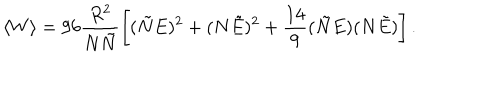
\langle W \rangle = 9 6 \frac { R ^ { 2 } } { N \tilde { N } } \left[ ( \tilde { N } E ) ^ { 2 } + ( N \tilde { E } ) ^ { 2 } + \frac { 1 4 } { 9 } ( \tilde { N } E ) ( N \tilde { E } ) \right] .